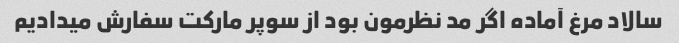
سالاد مرغ آماده اگر مد نظرمون بود از سوپر مارکت سفارش میدادیم